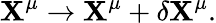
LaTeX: \mathbf{X}^{\mu}\rightarrow\mathbf{X}^{\mu}+\delta\mathbf{X}^{\mu}.